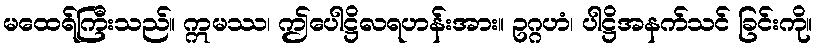
မထေရ်ကြီးသည်။ ဣမဿ၊ ဤပေါဋ္ဌိလရဟန်းအား။ ဥဂ္ဂဟံ၊ ပါဋ္ဌိအနက်သင် ခြင်းကို။